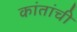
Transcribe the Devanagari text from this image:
कांतांची